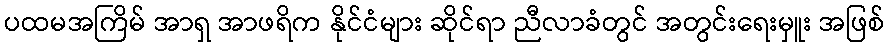
ပထမအကြိမ် အာရှ အာဖရိက နိုင်ငံများ ဆိုင်ရာ ညီလာခံတွင် အတွင်းရေးမှူး အဖြစ်